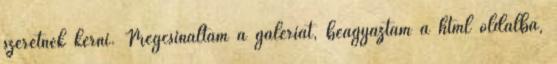
szeretnék kérni. Megcsináltam a galériát, beágyaztam a html oldalba,